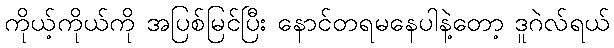
ကိုယ့်ကိုယ်ကို အပြစ်မြင်ပြီး နောင်တရမနေပါနဲ့တော့ ဒူဂဲလ်ရယ်